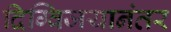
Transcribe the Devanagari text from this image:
दिग्विजयानंतर